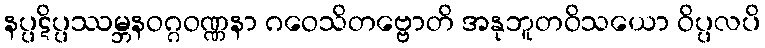
နပ္ပဋိပ္ပဿမ္ဘနဝဂ္ဂဝဏ္ဏနာ ဂဝေသိတဗ္ဗောတိ အနုဘူတဝိသယော ဝိပ္ပလပိ